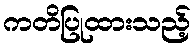
ကတိပြုထားသည့်